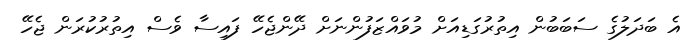
އެ ބަދަލުގެ ސަބަބުން އިތުރުގަޑިއަށް މުވައްޒަފުންނަށް ދޭންޖެހޭ ފައިސާ ވެސް އިތުރުކުރަން ޖެހޭ